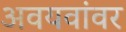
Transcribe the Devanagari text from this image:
अवयवांवर